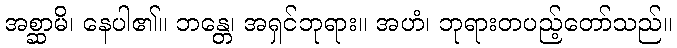
အစ္ဆာမိ၊ နေပါ၏။ ဘန္တေ၊ အရှင်ဘုရား။ အဟံ၊ ဘုရားတပည့်တော်သည်။